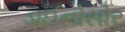
ડાઈનોસોર